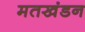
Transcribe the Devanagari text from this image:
मतखंडन